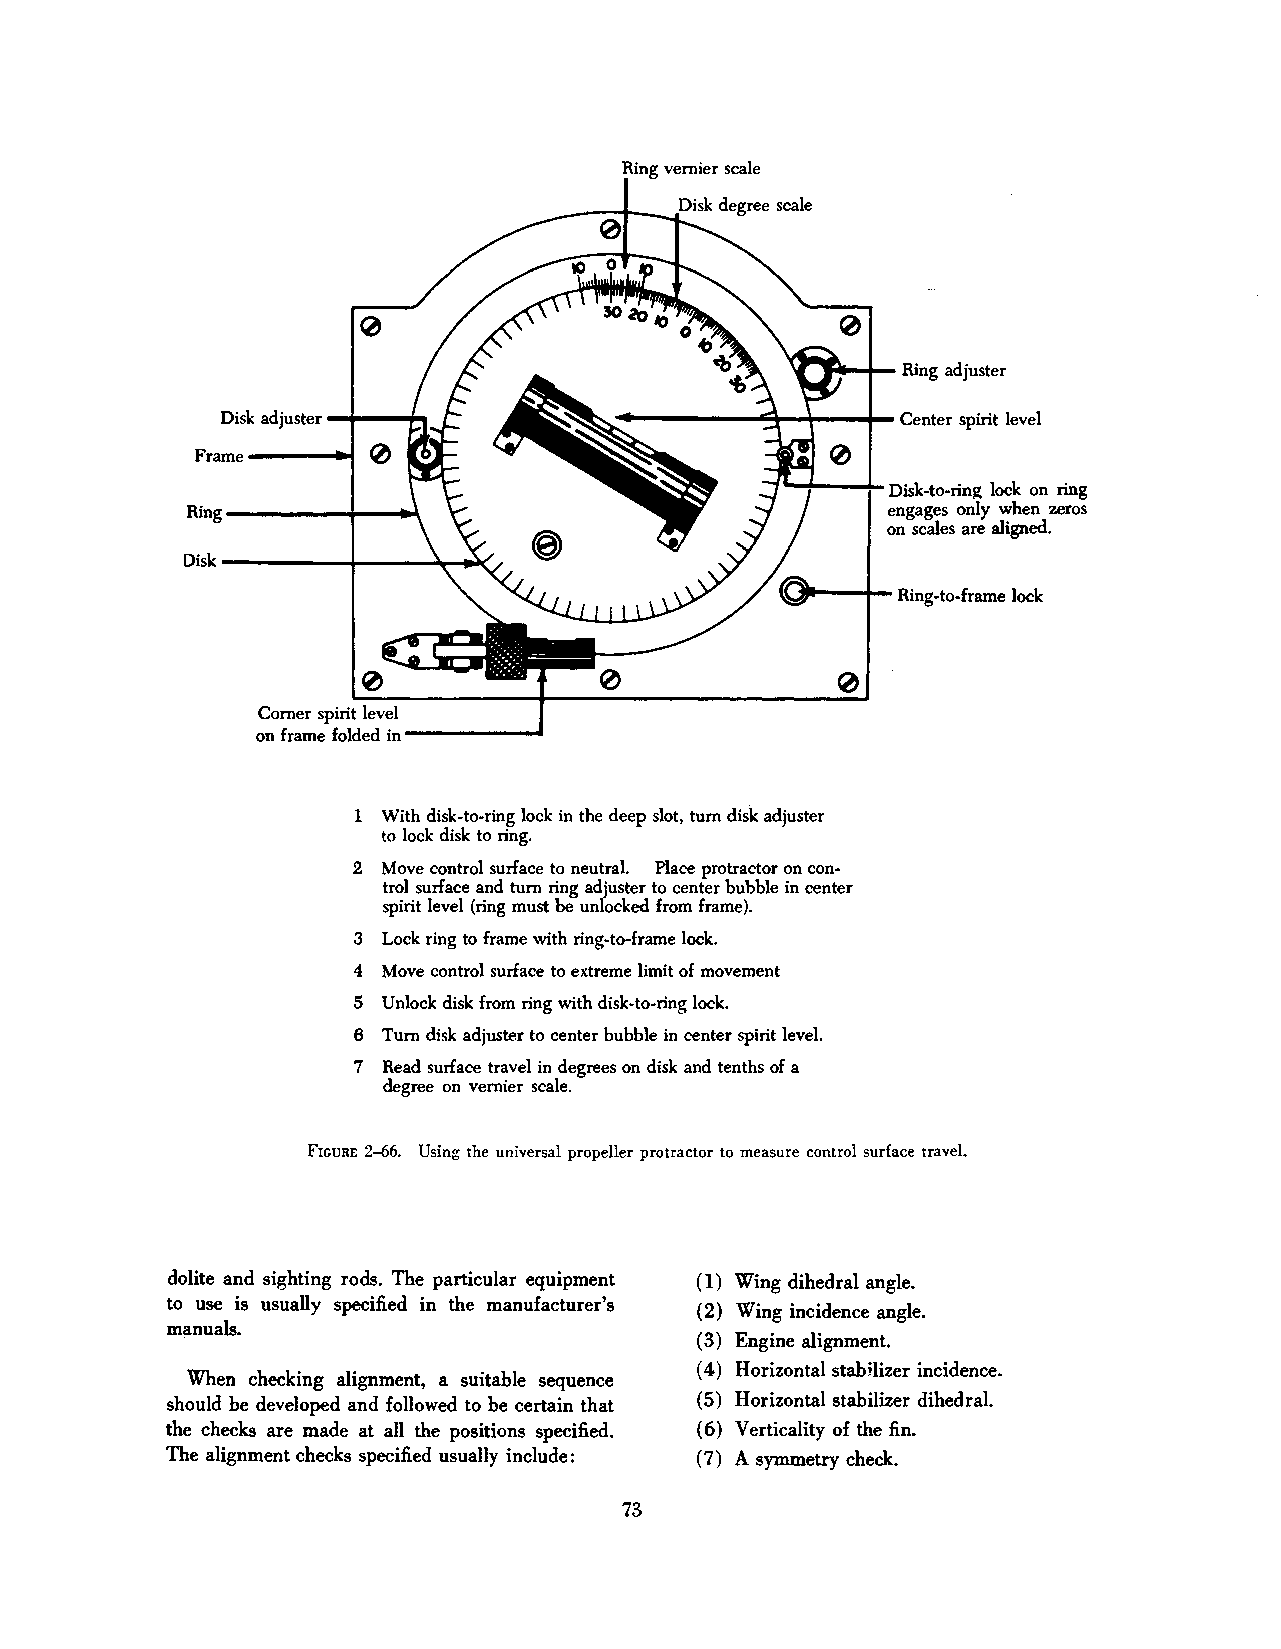
Ring vernier scale
 Frame----~
 -~-~~  Disk~to-ring lock on ring
 engages only when zeros
 on scales are aligned.
 Corner spirit level
 on frame folded in _______ ,
 1 With disk-to-ring lock in the deep slot, turn disk adjuster
 to lock disk to ring.
 2 Move control surface to neutral. Place protractor on con
 trol surface and turn ring adjuster to center bubble in center
 spirit level (ring must be unlocked from frame).
 3 Lock ring to frame with ring"to-frame lock.
 4 Move control surface to extreme limit of movement
 5 Unlock disk from ring with disk-to-ring lock.
 6 Turn disk adjuster to center bubble in center spirit level.
 7 Read surface travel in degrees on disk and tenths of a
 degree on vernier scale.
 FrcuRE 2-66. Using the universal propeller protractor to measure control surface travel.
 dolite and sighting rods. The particular equipment ( 1) Wing dihedral angle.
 to use is usually specified in the manufacturer's
 (2) Wing incidence angle.
 manuals.
 ( 3) Engine alignment.
 ( 4) Horizontal stab Hizer incidence.
 When checking alignment, a suitable sequence
 should be developed and followed to be certain that ( 5) Horizontal stabilizer dihedral.
 the checks are made at all the positions specified. ( 6) Verticality of the fin.
 The alignment checks specified usually include: ( 7) A symmetry check.
 73